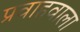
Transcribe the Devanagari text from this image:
प्रवाहवाला